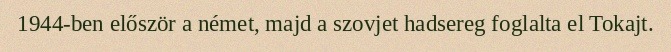
1944-ben először a német, majd a szovjet hadsereg foglalta el Tokajt.